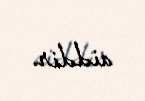
aiddir.